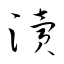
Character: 瀆